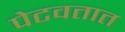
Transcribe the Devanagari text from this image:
पेटवतात